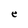
Character: e